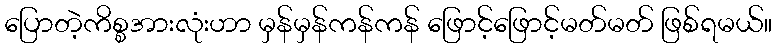
ပြောတဲ့ကိစ္စအားလုံးဟာ မှန်မှန်ကန်ကန် ဖြောင့်ဖြောင့်မတ်မတ် ဖြစ်ရမယ်။